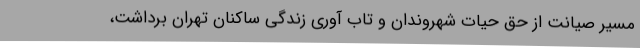
مسیر صیانت از حق حیات شهروندان و تاب آوری زندگی ساکنان تهران برداشت،